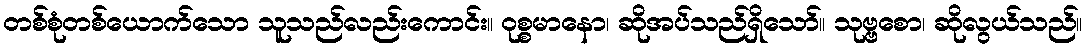
တစ်စုံတစ်ယောက်သော သူသည်လည်းကောင်း။ ဝုစ္စမာနော၊ ဆိုအပ်သည်ရှိသော်။ သုဗ္ဗစော၊ ဆိုလွယ်သည်။